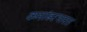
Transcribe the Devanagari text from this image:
कमांडरभारत